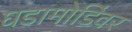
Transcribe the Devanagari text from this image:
घडामोडिंवर